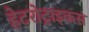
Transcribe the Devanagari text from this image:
हेटरोट्राइकस